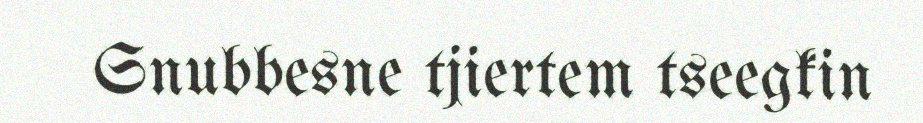
Snubbesne tjiertem tseegkin